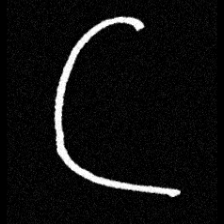
Pyu character \u2014 Myanmar letter: ဋ (romanized: tta)